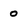
Character: o